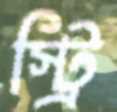
স্ট্রি